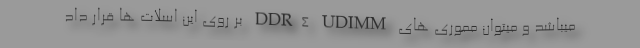
میباشد و میتوان مموری های DDR4 UDIMM بر روی این اسلات ها قرار داد